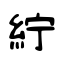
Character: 紵